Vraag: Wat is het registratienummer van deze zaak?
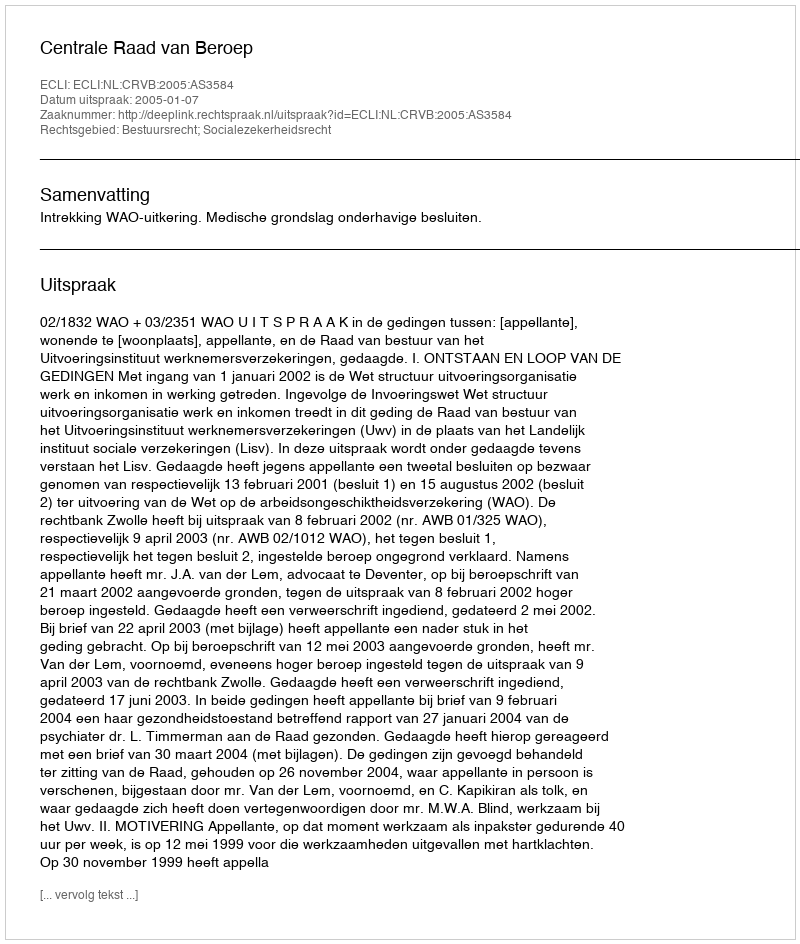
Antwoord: http://deeplink.rechtspraak.nl/uitspraak?id=ECLI:NL:CRVB:2005:AS3584